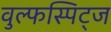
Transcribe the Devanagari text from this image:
वुल्फस्पिट्ज